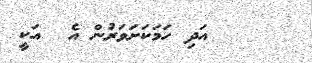
٥٠     އަދި ހަމަކަށަވަރުން އެ  އަކީ